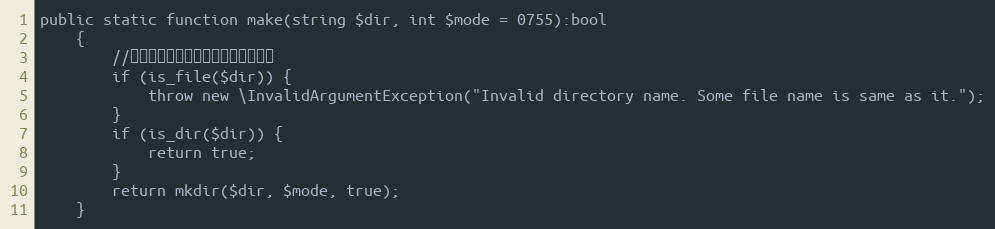
Language: PHP
public static function make(string $dir, int $mode = 0755):bool
    {
        //如果存在相同的文件名，则抛出异常
        if (is_file($dir)) {
            throw new \InvalidArgumentException("Invalid directory name. Some file name is same as it.");
        }
        if (is_dir($dir)) {
            return true;
        }
        return mkdir($dir, $mode, true);
    }